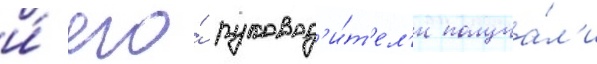
и́ его́ руковод'и́т'ел'и получа́л'и